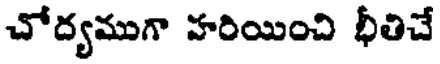
చోద్యముగా హరియించి భీతిచే